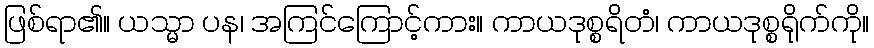
ဖြစ်ရာ၏။ ယသ္မာ ပန၊ အကြင်ကြောင့်ကား။ ကာယဒုစ္စရိတံ၊ ကာယဒုစ္စရိုက်ကို။